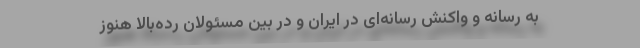
به رسانه‌ و واکنش رسانه‌ای در ایران و در بین مسئولان رده‌بالا هنوز